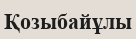
Қозыбайұлы